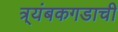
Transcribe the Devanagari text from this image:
त्र्यंबकगडाची